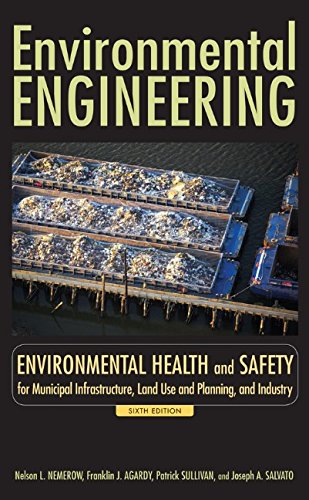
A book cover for Environmental Engineering: Environmental Health and Safety for Municipal Infrastructure, Land Use and Planning, and Industry (v. 3); Nelson L. Nemerow; Science & Math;